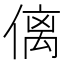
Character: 𠌯